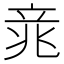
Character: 𱷥